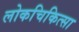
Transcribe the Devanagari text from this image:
लोकचिकित्सा